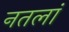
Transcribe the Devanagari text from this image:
नतलां